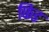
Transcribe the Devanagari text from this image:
फिड